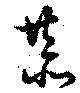
恭